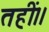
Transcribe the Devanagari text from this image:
तहीं।।